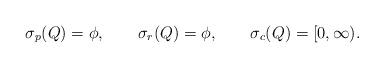
LaTeX: \begin{align*}\sigma_p(Q)=\phi, \qquad \sigma_r(Q)=\phi, \qquad \sigma_c(Q)=[0,\infty).\end{align*}